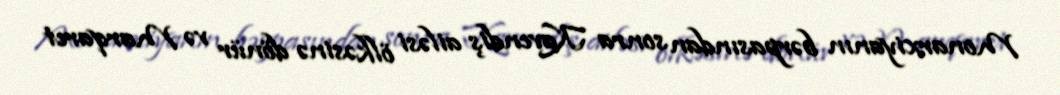
Monarxiyanın bərpasından sonra Kavendiş ailəsi ölkəsinə dönür və Marqaret